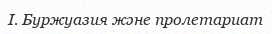
I. Буржуазия және пролетариат